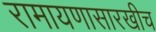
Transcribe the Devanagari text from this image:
रामायणासारखीच